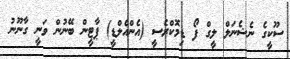
ސޫކީގެ ނެޝެނަލް ލީގް ފޯ ޑިމޮކްރެސީ (އެންއެލްޑީ) ޕާޓީން ބޭނުން ވަނީ ގާނޫނު